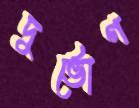
দুর্ভোগ